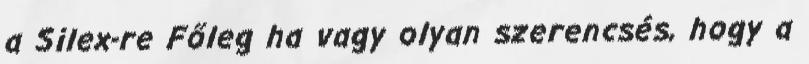
a Silex-re Főleg ha vagy olyan szerencsés, hogy a